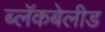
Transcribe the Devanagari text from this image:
ब्लॅकबेलीड